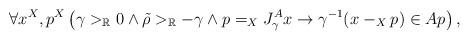
LaTeX: \begin{align*}\forall x^X,p^X\left(\gamma>_\mathbb{R}0\land\tilde{\rho}>_\mathbb{R}-\gamma\land p=_XJ^A_{\gamma} x\rightarrow \gamma^{-1}(x-_Xp)\in Ap\right),\end{align*}